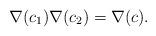
LaTeX: \begin{align*}\nabla(c_1) \nabla(c_2) = \nabla(c). \end{align*}